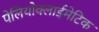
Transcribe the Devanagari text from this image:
पेलियोक्लाईमेटिक